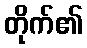
တိုက်၏